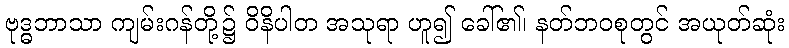
ဗုဒ္ဓဘာသာ ကျမ်းဂန်တို့၌ ဝိနိပါတ အသုရာ ဟူ၍ ခေါ်၏၊ နတ်ဘဝစုတွင် အယုတ်ဆုံး